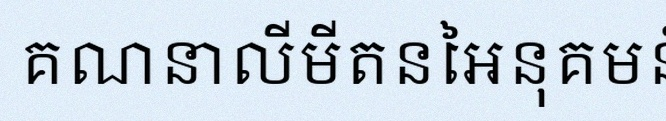
គណនាលីមីតនៃអនុគមន៍ខាងក្រោម